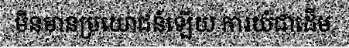
មិនមានប្រយោជន៍ឡើយ ការយំជាដើម